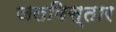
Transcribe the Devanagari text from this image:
जलविस्तार